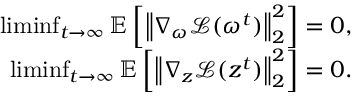
\begin{array} { r } { \operatorname* { l i m i n f } _ { t \rightarrow \infty } \mathbb { E } \left[ \left\| \nabla _ { \omega } \mathcal { L } ( \omega ^ { t } ) \right\| _ { 2 } ^ { 2 } \right] = 0 , } \\ { \operatorname* { l i m i n f } _ { t \rightarrow \infty } \mathbb { E } \left[ \left\| \nabla _ { z } \mathcal { L } ( z ^ { t } ) \right\| _ { 2 } ^ { 2 } \right] = 0 . } \end{array}